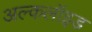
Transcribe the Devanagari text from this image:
अल्कलॉइड